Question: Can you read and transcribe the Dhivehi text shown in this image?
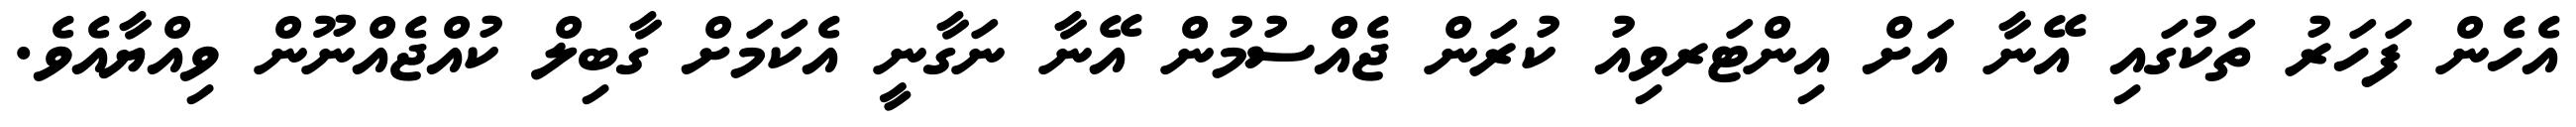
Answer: އެހެން ފަހަރު ތަކުގައި އޭނާ އަށް އިންޓަރވިއު ކުރަން ޖެއްސުމުން އޭނާ ނަގާނީ އެކަމަށް ގާބިލް ކުއްޖެއްނޫން ވިއްޔާއެވެ.